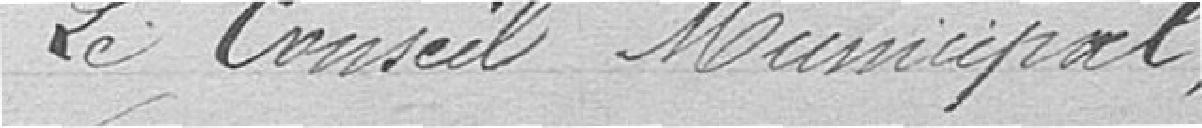
Le Conseil Municipal,